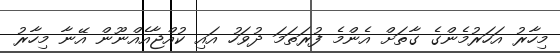
މިހާރު އަހަރުމެންގެ ގާތަށް އެންމެ ފުރަތަމަ ދުވަހު އައި ކުއްޖާއެއްނޫން އޭނާ މިހާރު